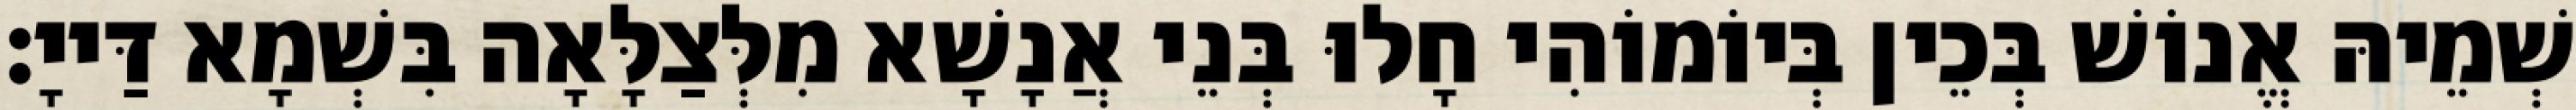
שְׁמֵיהּ אֱנוֹשׁ בְּכֵין בְּיוֹמוֹהִי חָלוּ בְּנֵי אֲנָשָׁא מִלְּצַלָּאָה בִּשְׁמָא דַּייָ׃